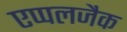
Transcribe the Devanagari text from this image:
एप्पलजैक